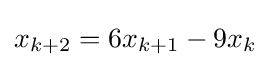
x_{k+2}=6x_{k+1}-9x_{k}